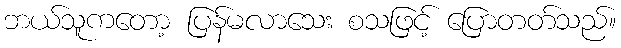
ဘယ်သူကတော့ ပြန်မလာသေး စသဖြင့် ပြောတတ်သည်။